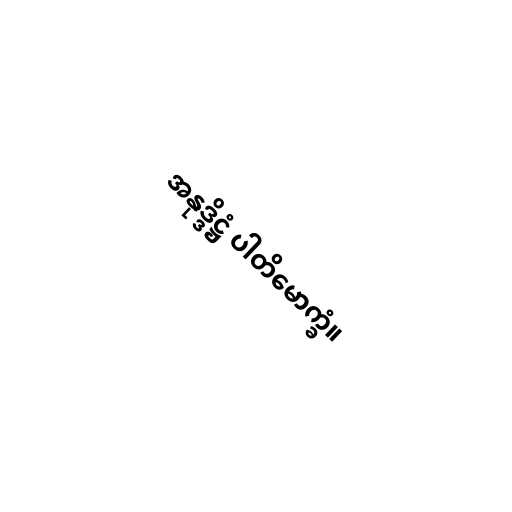
အနုဒ္ဒိဋ္ဌံ ပါတိမောက္ခံ။